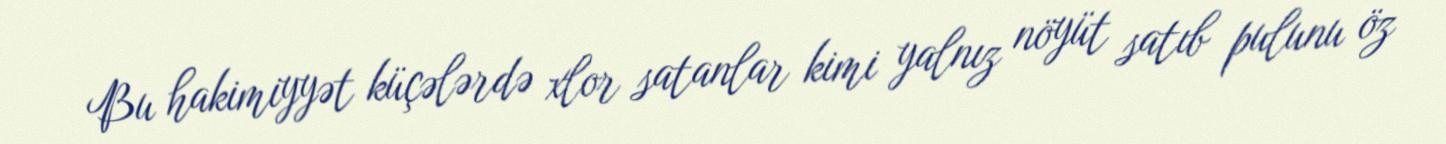
Bu hakimiyyət küçələrdə xlor satanlar kimi yalnız nöyüt satıb pulunu öz